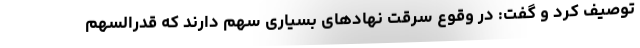
توصیف کرد و گفت: در وقوع سرقت نهادهای بسیاری سهم دارند که قدرالسهم